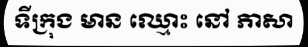
ទីក្រុង មាន ឈ្មោះ នៅ ភាសា